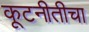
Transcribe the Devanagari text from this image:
कूटनीतीचा